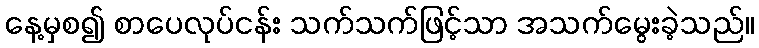
နေ့မှစ၍ စာပေလုပ်ငန်း သက်သက်ဖြင့်သာ အသက်မွေးခဲ့သည်။